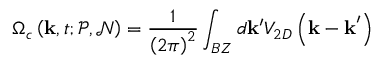
\Omega _ { c } \left( \mathbf { k } , t ; \mathcal { P } , \mathcal { N } \right) = \frac { 1 } { \left( 2 \pi \right) ^ { 2 } } \int _ { B Z } d \mathbf { k } ^ { \prime } V _ { 2 D } \left( \mathbf { k - k } ^ { \prime } \right)